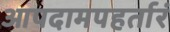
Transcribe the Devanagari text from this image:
आपदामपहर्तारं